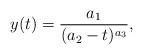
LaTeX: \begin{align*}y(t)=\frac{a_1}{(a_2-t)^{a_3}},\end{align*}